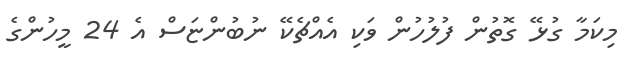
މިކަމާ ގުޅޭ ގޮތުން ފުލުހުން ވަކި އެއްޗެކޭ ނުބުންޏަސް އެ 24 މީހުންގެ